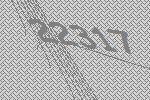
22317